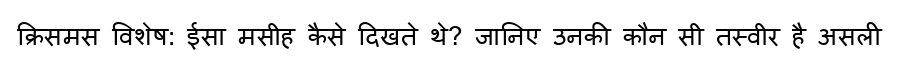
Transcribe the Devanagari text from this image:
क्रिसमस विशेष: ईसा मसीह कैसे दिखते थे? जानिए उनकी कौन सी तस्वीर है असली